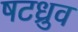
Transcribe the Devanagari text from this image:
षटध्रुव